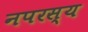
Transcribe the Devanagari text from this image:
नपरस्य